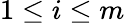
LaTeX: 1\le i\le m